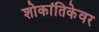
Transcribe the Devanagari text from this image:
शोकांतिकेवर